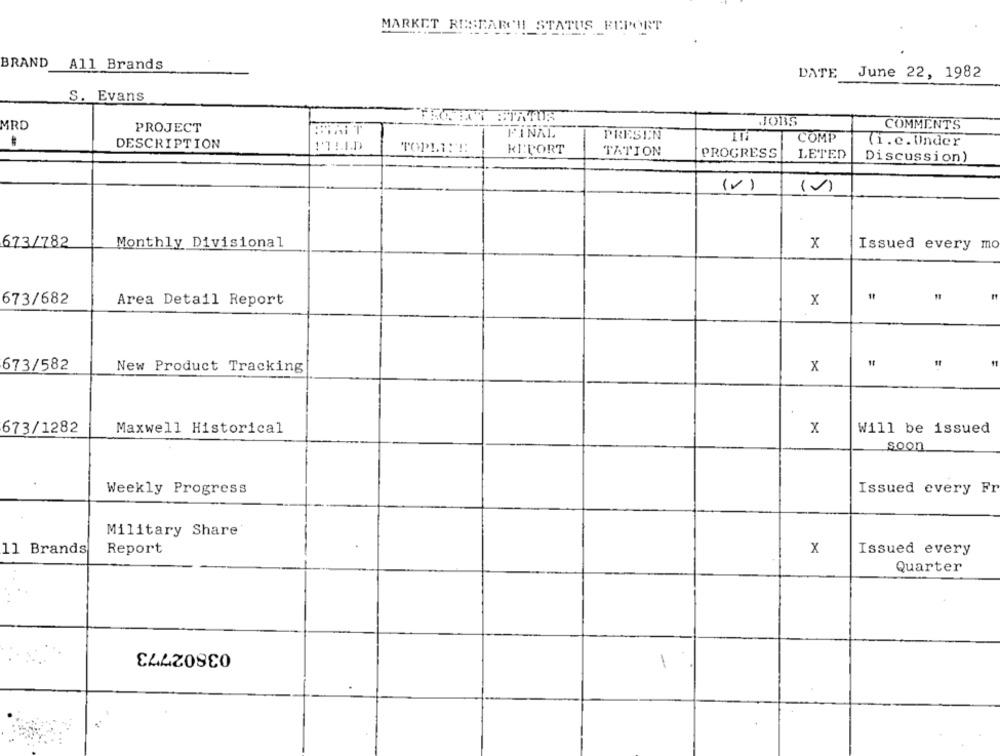
MARKET RINSEARCH_STATUS REPORT
BRAND
All Brands
DATE
June 22, 1982
S. Evans
JOBS
MRD
PROJECT
COMMENTS
FINAL
PRESEN
COMP
(i.e.Under
DESCRIPTION
TOPLI :!:
KI:PORT
TATION
PROGRESS
LETED
Discussion)
(V)
(0)
673/782
Monthly Divisional
x
Issued every mo
673/682
Area Detail Report
x
673/582
New Product Tracking
x
673/1282
Maxwell Historical
x
Will be issued
soon
Weekly Progress
Issued every Fr
Military Share'
11 Brands
Report
X
Issued every
Quarter
03802773
1